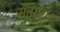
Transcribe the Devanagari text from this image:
सँवारा।